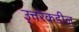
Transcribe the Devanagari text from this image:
उ्त्तरेकडील